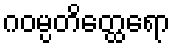
ဂဝမ္ပတိတ္ထေရော